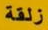
زلقة